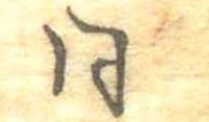
同